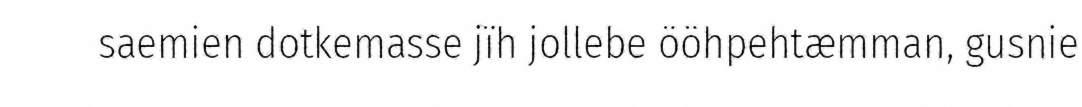
saemien dotkemasse jïh jollebe ööhpehtæmman, gusnie